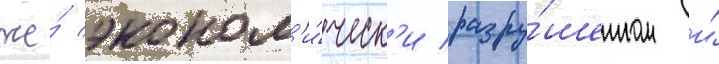
же́ эконом'и́ческ'и разру́шенном и́